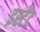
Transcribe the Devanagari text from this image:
इस्टेंट